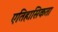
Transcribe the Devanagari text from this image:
एतिहासिकता